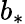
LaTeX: b_{*}